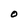
Character: O